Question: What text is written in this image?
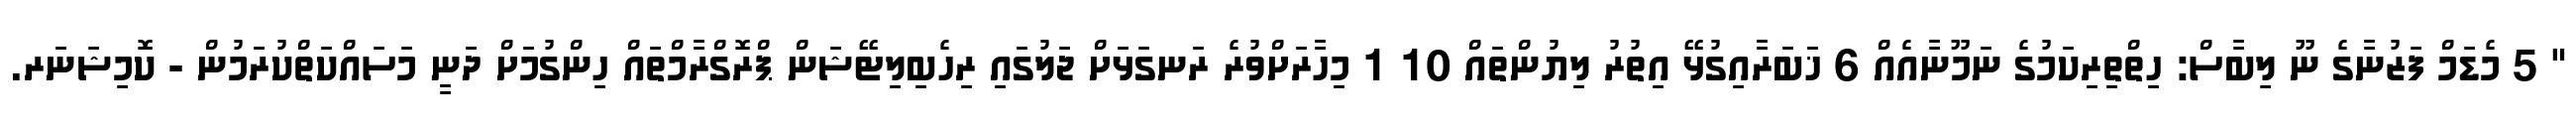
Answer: " 5 މެޑަމް ފަޒުނާގެ ނޫ ލިބާސް: ހިތްތިރިކަމުގެ ނަމޫނާއެއް 6 ޚަބަރާއިގުޅޭ އިތުރު ލިޔުންތައް 10 1 މިހާރަށްވުރެ ރަނގަޅަށް ޖަލުގައި ރިހެބިލިޓޭޝަން ޕްރޮގްރާމްތައް ހިންގުމަށް ދަނީ މަސައްކަތްކުރަމުން - ކޮމިޝަނަރ.